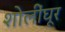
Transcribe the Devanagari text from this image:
शोलींघूर